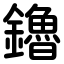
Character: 鑥